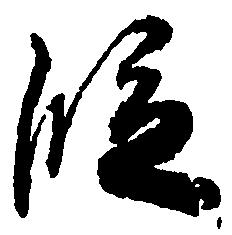
段